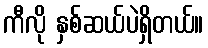
ကီလို နှစ်ဆယ်ပဲရှိတယ်။